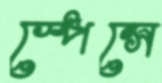
স্পেন্সে